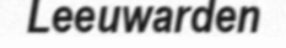
Leeuwarden